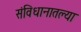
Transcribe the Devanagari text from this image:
संविधानातल्या